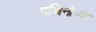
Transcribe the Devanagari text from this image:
पचिनोच्या